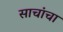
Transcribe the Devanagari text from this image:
साचांचा